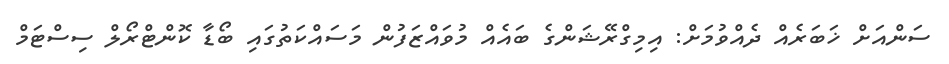
ސަންއަށް ޚަބަރެއް ދެއްވުމަށް: އިމިގްރޭޝަންގެ ބައެއް މުވައްޒަފުން މަސައްކަތުގައި ބޯޑާ ކޮންޓްރޯލް ސިސްޓަމް